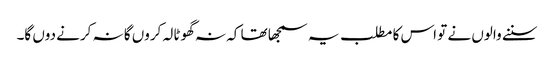
سننے والوں نے تو اس کا مطلب یہ سمجھا تھا کہ نہ گھوٹالہ کروں گا نہ کرنے دوں گا۔